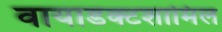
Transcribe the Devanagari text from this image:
वायाडक्टशामिल